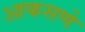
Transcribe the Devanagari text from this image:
आकसणे